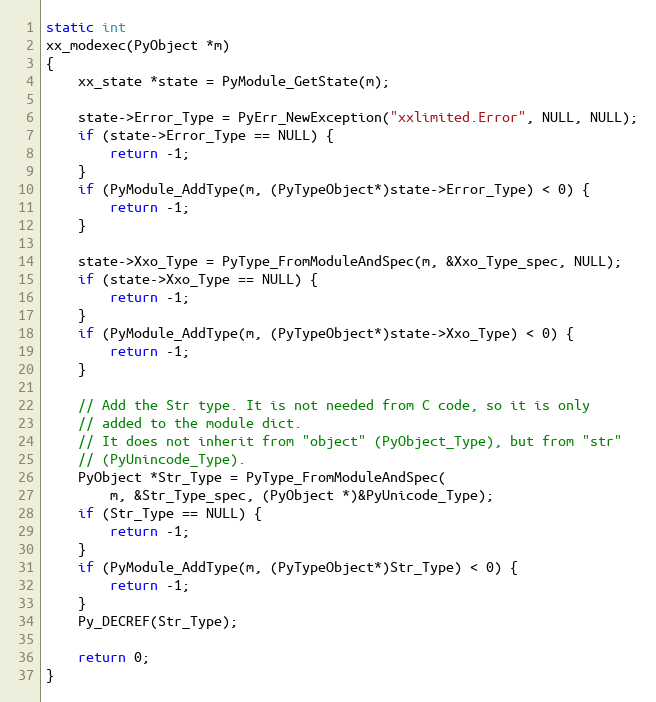
Language: C
static int
xx_modexec(PyObject *m)
{
    xx_state *state = PyModule_GetState(m);

    state->Error_Type = PyErr_NewException("xxlimited.Error", NULL, NULL);
    if (state->Error_Type == NULL) {
        return -1;
    }
    if (PyModule_AddType(m, (PyTypeObject*)state->Error_Type) < 0) {
        return -1;
    }

    state->Xxo_Type = PyType_FromModuleAndSpec(m, &Xxo_Type_spec, NULL);
    if (state->Xxo_Type == NULL) {
        return -1;
    }
    if (PyModule_AddType(m, (PyTypeObject*)state->Xxo_Type) < 0) {
        return -1;
    }

    // Add the Str type. It is not needed from C code, so it is only
    // added to the module dict.
    // It does not inherit from "object" (PyObject_Type), but from "str"
    // (PyUnincode_Type).
    PyObject *Str_Type = PyType_FromModuleAndSpec(
        m, &Str_Type_spec, (PyObject *)&PyUnicode_Type);
    if (Str_Type == NULL) {
        return -1;
    }
    if (PyModule_AddType(m, (PyTypeObject*)Str_Type) < 0) {
        return -1;
    }
    Py_DECREF(Str_Type);

    return 0;
}